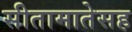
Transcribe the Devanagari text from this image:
सीतामातेसह